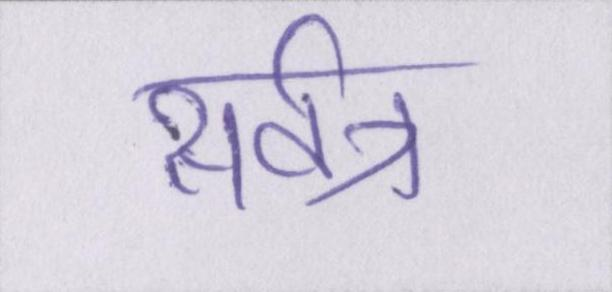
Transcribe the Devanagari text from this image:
सर्वत्र